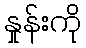
နှုန်းကို